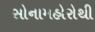
સોનામહોરોથી